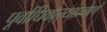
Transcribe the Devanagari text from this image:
पूर्वाधिकार्‍याप्रमाणे